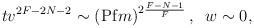
LaTeX: \begin{align*} t v^{2F-2N-2} \sim \left({\rm Pf} m\right)^{2\frac{F-N-1}{F}}, \; \; w \sim 0,\end{align*}